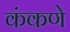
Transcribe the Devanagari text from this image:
कंकणे